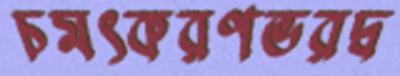
চমৎকরণভরদ্ব